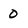
Character: 0